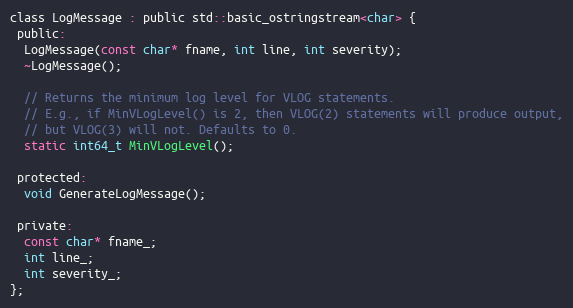
Language: C
class LogMessage : public std::basic_ostringstream<char> {
 public:
  LogMessage(const char* fname, int line, int severity);
  ~LogMessage();

  // Returns the minimum log level for VLOG statements.
  // E.g., if MinVLogLevel() is 2, then VLOG(2) statements will produce output,
  // but VLOG(3) will not. Defaults to 0.
  static int64_t MinVLogLevel();

 protected:
  void GenerateLogMessage();

 private:
  const char* fname_;
  int line_;
  int severity_;
};